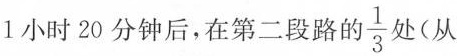
1小时20分钟后，在第二段路的\frac{1}{3}处(从